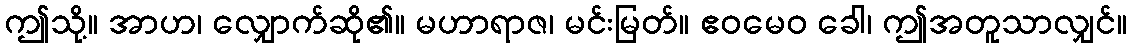
ဤသို့။ အာဟ၊ လျှောက်ဆို၏။ မဟာရာဇ၊ မင်းမြတ်။ ဧဝမေဝ ခေါ၊ ဤအတူသာလျှင်။